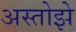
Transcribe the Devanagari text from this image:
अस्तोझे